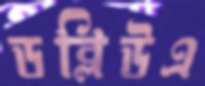
ডব্লিউএ